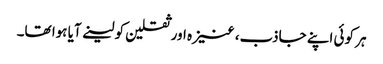
ہر کوئی اپنے جاذب، عنیزہ اور ثقلین کو لینے آیا ہوا تھا۔